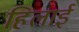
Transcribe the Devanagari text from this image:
हिलाई